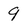
Character: 9